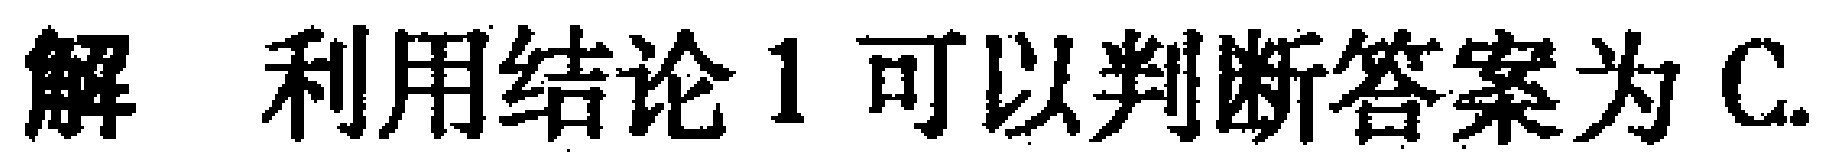
解 利用结论1可以判断答案为C.